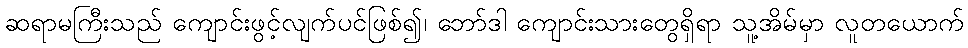
ဆရာမကြီးသည် ကျောင်းဖွင့်လျက်ပင်ဖြစ်၍၊ ဘော်ဒါ ကျောင်းသားတွေရှိရာ သူ့အိမ်မှာ လူတယောက်